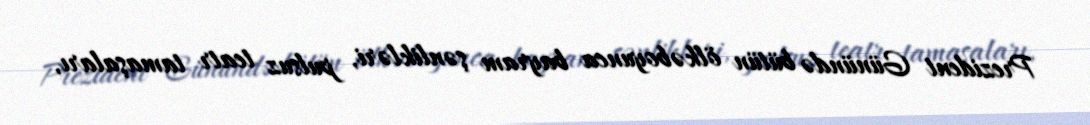
Prezident Günündə bütün ölkəboyunca bayram şənlikləri, pulsuz teatr tamaşaları,